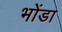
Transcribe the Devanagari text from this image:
भोंडा